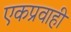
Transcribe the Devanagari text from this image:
एकप्रवाही